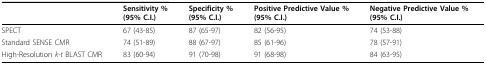
|  | Sensitivity % (95% C.I.) | Specificity % (95% C.I.) | Positive Predictive Value % (95% C.I.) | Negative Predictive Value % (95% C.I.) |
 | --- | --- | --- | --- | --- |
 | SPECT | 67 (43-85) | 87 (65-97) | 82 (56-95) | 74 (53-88) |
 | Standard SENSE CMR | 74 (51-89) | 88 (67-97) | 85 (61-96) | 78 (57-91) |
 | High-Resolution k-t BLAST CMR | 83 (60-94) | 91 (70-98) | 91 (68-98) | 84 (63-95) |